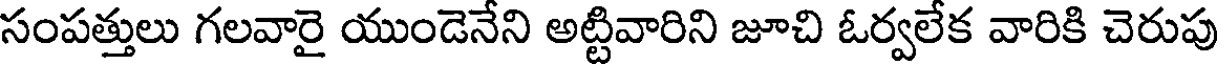
సంపత్తులు గలవారై యుండెనేని అట్టివారిని జూచి ఓర్వలేక వారికి చెరుపు